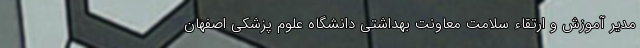
مدیر آموزش و ارتقاء سلامت معاونت بهداشتی دانشگاه علوم پزشکی اصفهان